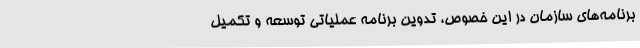
برنامه‌های سازمان در این خصوص، تدوین برنامه عملیاتی توسعه و تکمیل